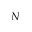
N